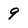
Character: 9